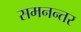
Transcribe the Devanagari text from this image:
समनन्तर